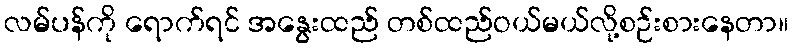
လမ်ပန်ကို ရောက်ရင် အနွေးထည် တစ်ထည်ဝယ်မယ်လို့စဉ်းစားနေတာ။